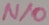
Text: N/O